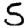
Digit: 5